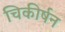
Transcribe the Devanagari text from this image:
चिकीर्षन